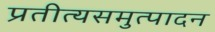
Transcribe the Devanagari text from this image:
प्रतीत्यसमुत्पादन